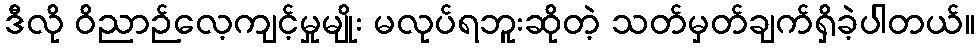
ဒီလို ဝိညာဉ်လေ့ကျင့်မှုမျိုး မလုပ်ရဘူးဆိုတဲ့ သတ်မှတ်ချက်ရှိခဲ့ပါတယ်။